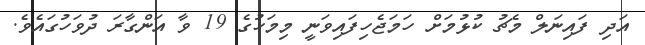
އަދި ފައިނަލް މެޗު ކުޅުމަށް ހަމަޖެހިފައިވަނީ މިމަހުގެ 19 ވާ އަންގާރަ ދުވަހުގައެވެ.